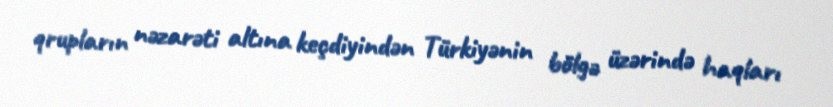
qrupların nəzarəti altına keçdiyindən Türkiyənin bölgə üzərində haqları